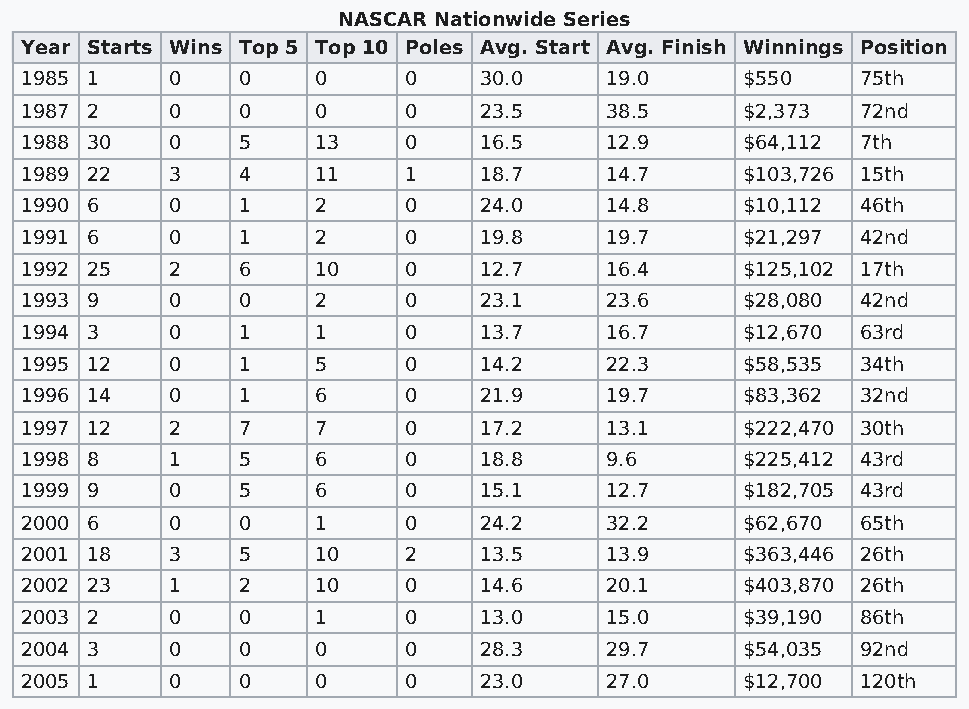
NASCAR Nationwide Series
 Year Starts Wins Top 5 Top 10 Poles Avg. Start Avg. Finish Winnings Position
 1985 1    0    0    0     0    30.0    19.0     $550    75th
 1987 2    0    0    0     0    23.5    38.5     $2,373  72nd
 1988 30   0    5    13    0    16.5    12.9     $64,112 7th
 1989 22   3    4    11    1    18.7    14.7     $103,726 15th
 1990 6    0    1    2     0    24.0    14.8     $10,112 46th
 1991 6    0    1    2     0    19.8    19.7     $21,297 42nd
 1992 25   2    6    10    0    12.7    16.4     $125,102 17th
 1993 9    0    0    2     0    23.1    23.6     $28,080 42nd
 1994 3    0    1    1     0    13.7    16.7     $12,670 63rd
 1995 12   0    1    5     0    14.2    22.3     $58,535 34th
 1996 14   0    1    6     0    21.9    19.7     $83,362 32nd
 1997 12   2    7    7     0    17.2    13.1     $222,470 30th
 1998 8    1    5    6     0    18.8    9.6      $225,412 43rd
 1999 9    0    5    6     0    15.1    12.7     $182,705 43rd
 2000 6    0    0    1     0    24.2    32.2     $62,670 65th
 2001 18   3    5    10    2    13.5    13.9     $363,446 26th
 2002 23   1    2    10    0    14.6    20.1     $403,870 26th
 2003 2    0    0    1     0    13.0    15.0     $39,190 86th
 2004 3    0    0    0     0    28.3    29.7     $54,035 92nd
 2005 1    0    0    0     0    23.0    27.0     $12,700 120th